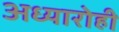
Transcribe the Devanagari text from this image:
अध्यारोही